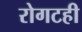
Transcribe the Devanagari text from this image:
रोगटही